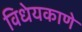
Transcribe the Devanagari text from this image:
विधेयकाणे